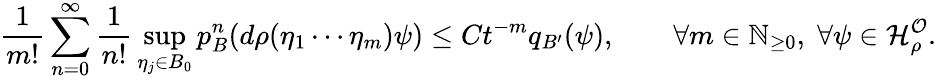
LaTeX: {\frac{1}{m!}}\sum_{n=0}^{\infty}{\frac{1}{n!}}\operatorname*{sup}_{\eta_{j}\in B_{0}}p_{B}^{n}(d\rho(\eta_{1}\cdots\eta_{m})\psi)\leq Ct^{-m}q_{B^{\prime}}(\psi),\qquad\forall m\in\mathbb{N}_{\geq 0},\; \forall\psi\in\mathcal{H}_{\rho}^{\mathcal{O}}.